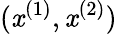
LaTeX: (\mathit{x}^{(1)},\mathit{x}^{(2)})